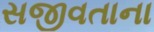
સજીવતાના